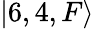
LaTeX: |6,4,F\rangle